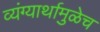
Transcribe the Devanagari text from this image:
व्यंग्यार्थामुळेच